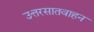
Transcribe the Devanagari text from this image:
उत्तरसातवाहन